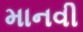
માનવી